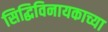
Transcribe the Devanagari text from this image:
सिद्धिविनायकाच्या